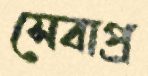
সেবাপ্র